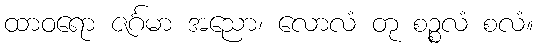
ထာဝရော ဇင်္ဂမာ အညော၊ လောလံ တု စဉ္စလံ စလံ။